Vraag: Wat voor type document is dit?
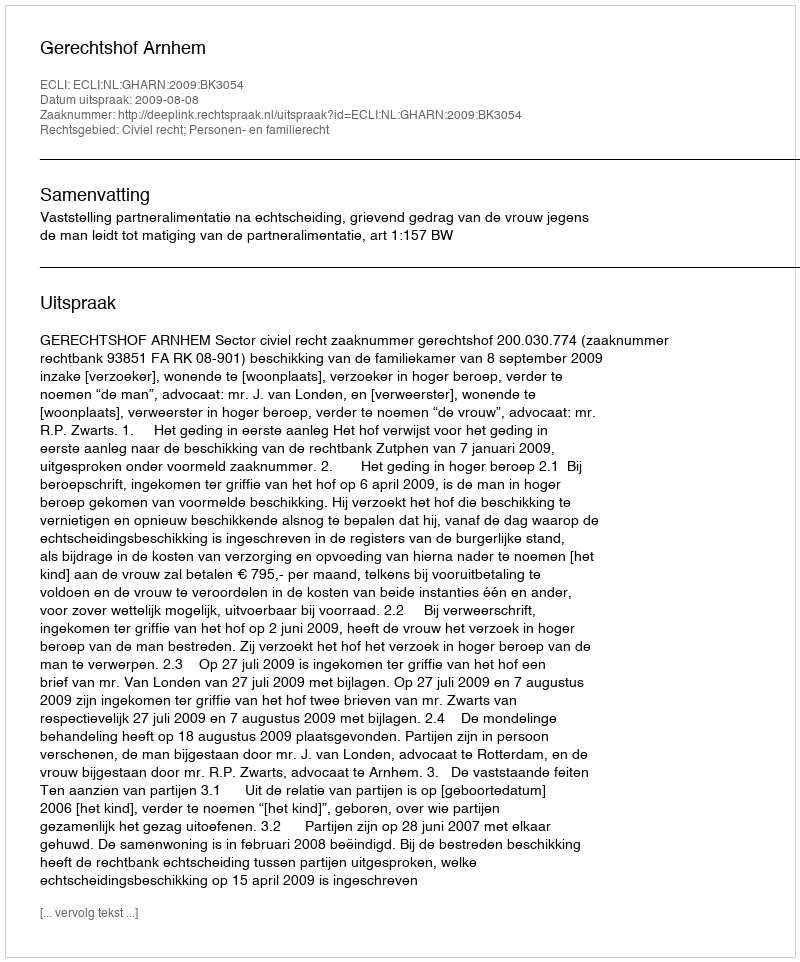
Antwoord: Uitspraak